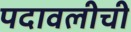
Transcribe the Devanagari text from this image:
पदावलीची